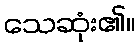
သေဆုံး၏။